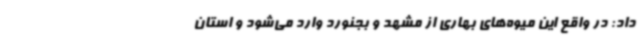
داد: در واقع این میوه‌های بهاری از مشهد و بجنورد وارد می‌شود و استان